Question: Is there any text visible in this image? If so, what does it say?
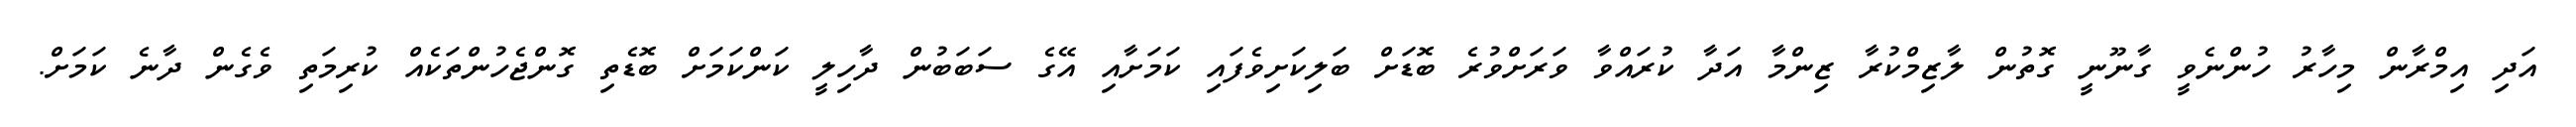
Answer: އަދި އިމްރާން މިހާރު ހުންނެވީ ގާނޫނީ ގޮތުން ލާޒިމްކުރާ ޒިންމާ އަދާ ކުރައްވާ ވަރަށްވުރެ ބޮޑަށް ބަލިކަށިވެފައި ކަމަށާއި އޭގެ ސަބަބުން ދާހިލީ ކަންކަމަށް ބޮޑެތި ގޮންޖެހުންތަކެއް ކުރިމަތި ވެގެން ދާނެ ކަމަށް.